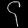
Digit: ၄